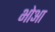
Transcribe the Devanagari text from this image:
भोआ